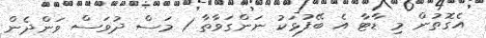
އެގޮތުން މި ޑާޓާ އެ ބޭފުޅަކު ނަންގަވާތާ 1 މަސް ދުވަސް ވަންދެން